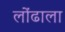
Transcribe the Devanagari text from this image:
लोंढाला